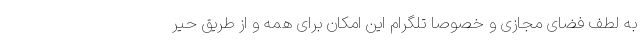
به لطف فضای مجازی و خصوصا تلگرام این امکان برای همه و از طریق حیر